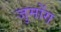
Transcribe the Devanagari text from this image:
जुमोंग